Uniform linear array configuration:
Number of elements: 12
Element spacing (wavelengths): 0.25
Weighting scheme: exponential
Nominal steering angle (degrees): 60
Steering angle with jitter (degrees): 60.955
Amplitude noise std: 0.05
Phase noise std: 0.05

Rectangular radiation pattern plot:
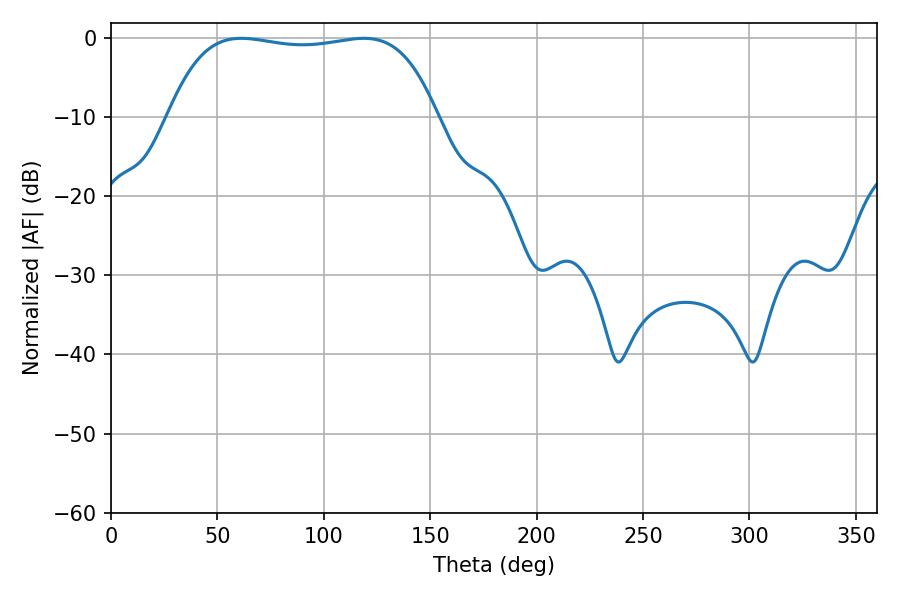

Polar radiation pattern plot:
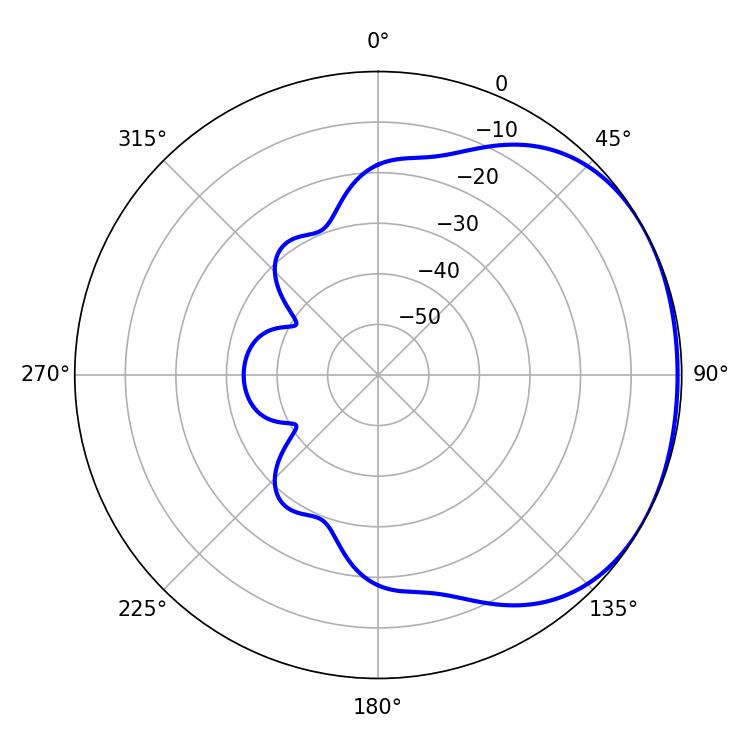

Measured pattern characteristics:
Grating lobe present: FALSE
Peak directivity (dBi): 1.435
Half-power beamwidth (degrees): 100.08
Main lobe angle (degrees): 61.2